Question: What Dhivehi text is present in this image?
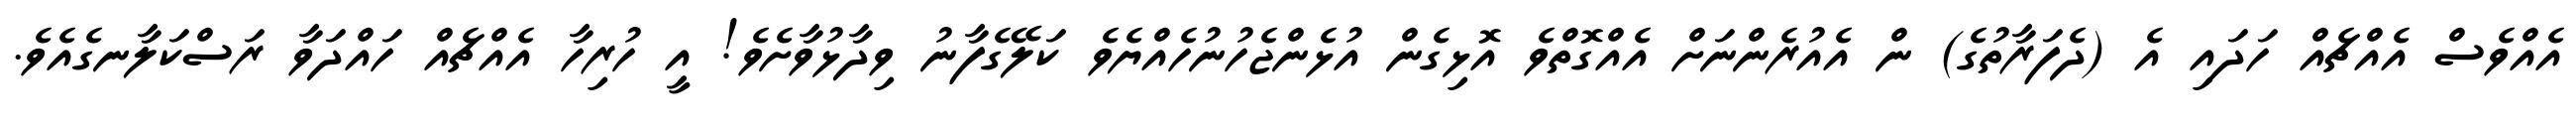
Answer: އެއްވެސް އެއްޗެއް ހަދައި އެ (ދެފަރާތުގެ) ން އެއުރެންނަށް އެއްގޮތްވެ އޮޅިގެން އުޅެންޖެހުނުހެއްޔެވެ ކަލޭގެފާނު ވިދާޅުވާށެވެ! އީ ހުރިހާ އެއްޗެއް ހައްދަވާ ރަސްކަލާނގެއެވެ.